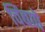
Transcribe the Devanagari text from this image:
चिंबणे